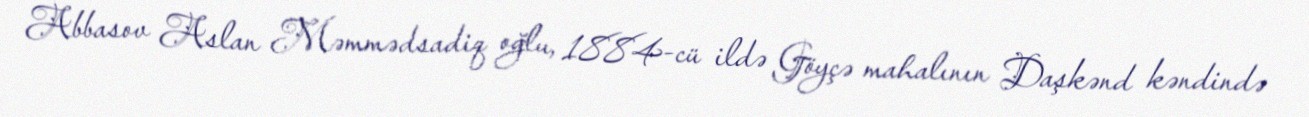
Abbasov Aslan Məmmədsadiq oğlu, 1884-cü ildə Göyçə mahalının Daşkənd kəndində